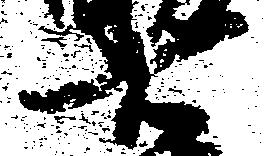
右